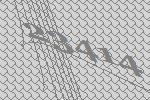
23414